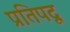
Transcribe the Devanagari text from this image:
प्रतिपदू